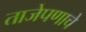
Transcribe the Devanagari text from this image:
ताजेपणाचे